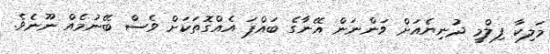
މަލިކާ ފިލްމީ ދުނިޔެއަށް ވަންނަން އޭނާގެ ބައްޕަ އެއްގޮތަކަށް ވެސް ބޭނުމެއް ނޫނެވެ.